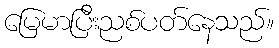
မြေမာပြီးညစ်ပတ်နေသည်။